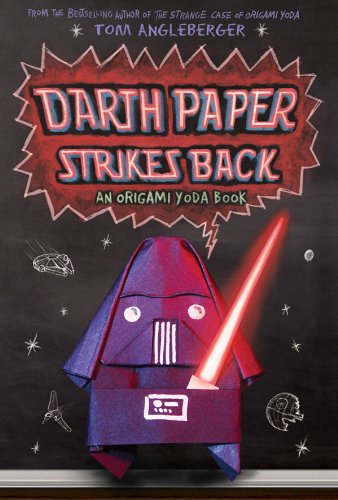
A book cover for Darth Paper Strikes Back: An Origami Yoda Book; Tom Angleberger; Crafts, Hobbies & Home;